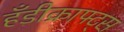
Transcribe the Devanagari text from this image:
हँडीक्राफ्ट्स